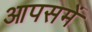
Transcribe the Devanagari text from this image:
आपसमें